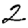
Digit: 2